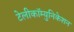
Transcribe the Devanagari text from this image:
टेलीकॉम्युनिकेशन